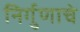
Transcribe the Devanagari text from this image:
निर्गुणाचे